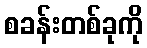
စခန်းတစ်ခုကို